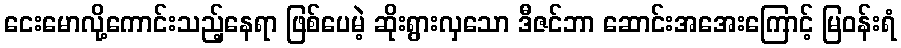
ငေးမောလို့ကောင်းသည့်နေရာ ဖြစ်ပေမဲ့ ဆိုးရွားလှသော ဒီဇင်ဘာ ဆောင်းအအေးကြောင့် မြဝန်းရံ